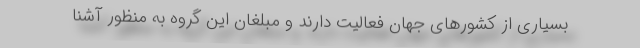
بسیاری از کشورهای جهان فعالیت دارند و مبلغان این گروه به منظور آشنا